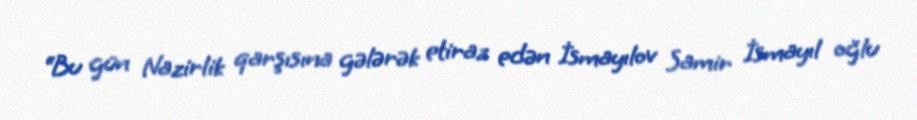
“Bu gün Nazirlik qarşısına gələrək etiraz edən İsmayılov Samir İsmayıl oğlu